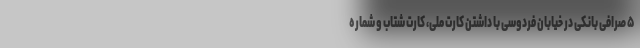
۵ صرافی بانکی در خیابان فردوسی با داشتن کارت ملی، کارت شتاب و شماره